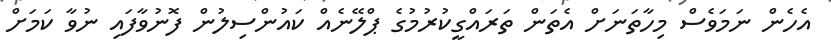
އެހެން ނަމަވެސް މިހާތަނަށް އެތަން ތަރައްގީކުރުމުގެ ޕްލޭނެއް ކައުންސިލުން ފޮނުވާފައި ނުވާ ކަމަށް